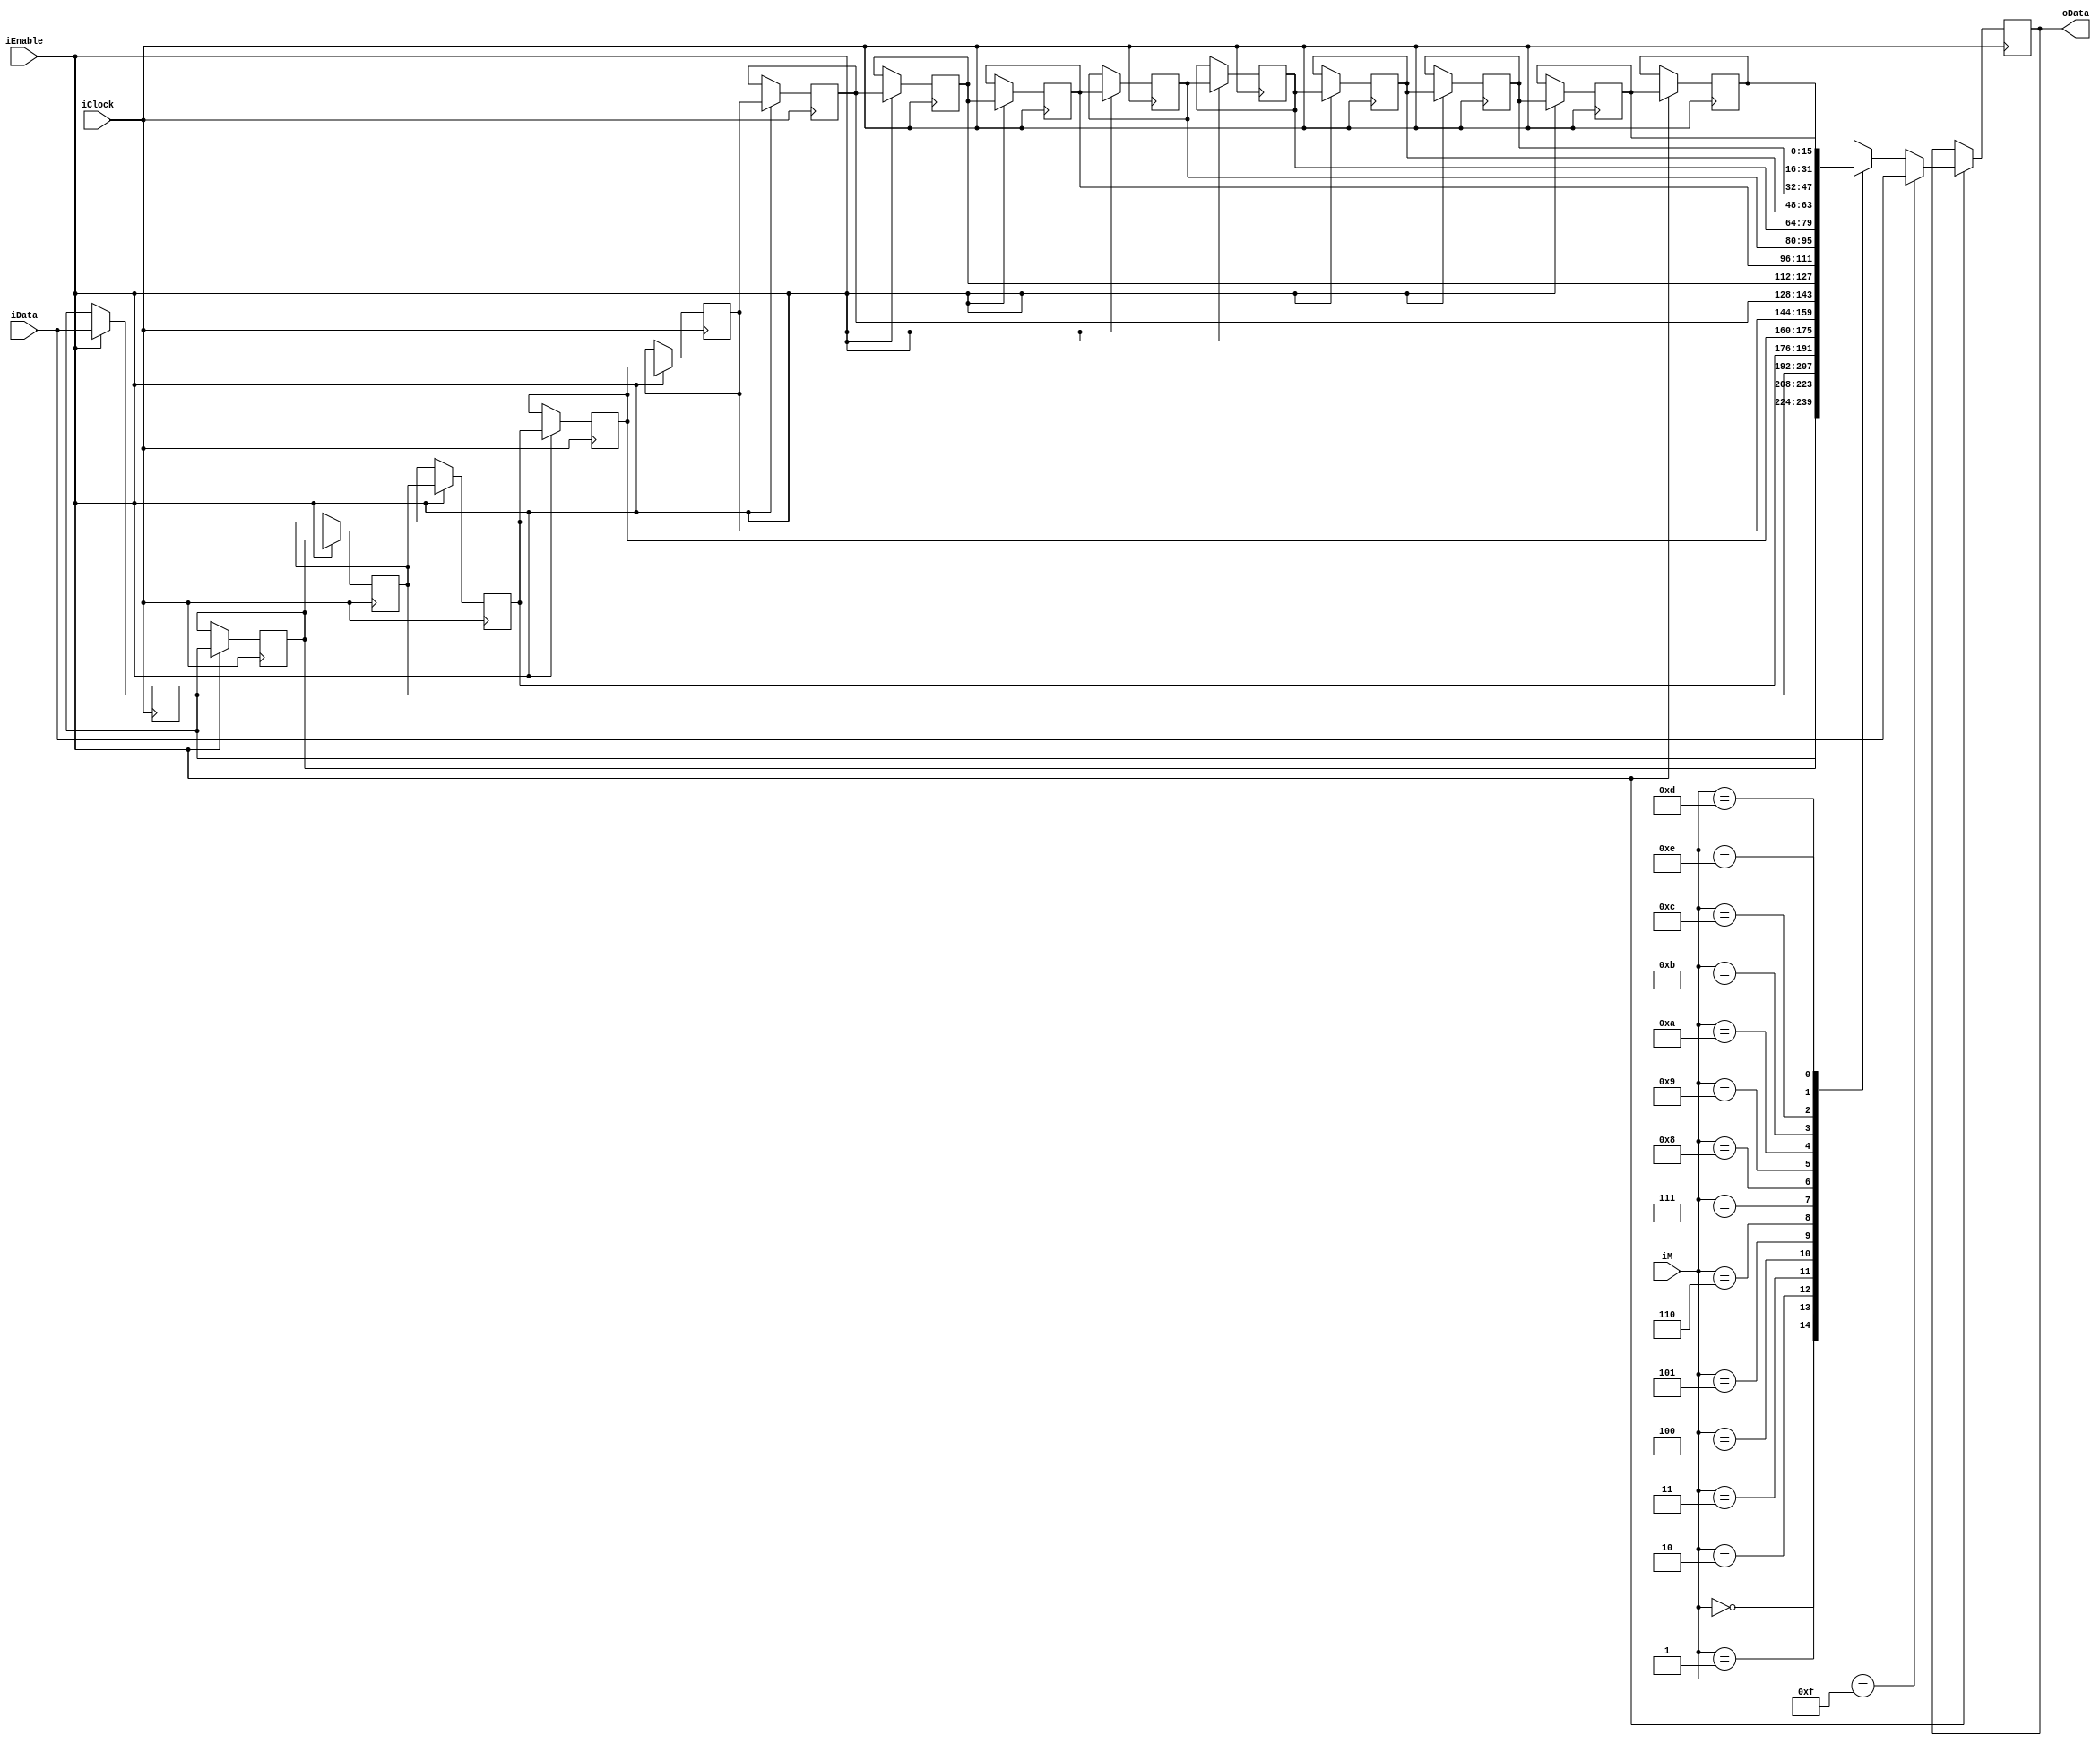
module TappedDelayRegister (
    input wire iClock, 
    input wire iEnable, 
    input wire [3:0] iM,
    input wire [15:0] iData,
    output wire [15:0] oData
    );


parameter LENGTH = 32;

integer i;
reg [15:0] delay [0:LENGTH - 1];
reg [15:0] delay_tap;

assign oData = delay_tap;

always @(posedge iClock) begin
    if (iEnable) begin
        if (iM == 15)
            delay_tap <= iData;
        else 
            delay_tap <= delay[iM];
        
        for (i = LENGTH - 1; i > 0; i = i - 1) begin
            delay[i] <= delay[i - 1];
        end
        delay[0] <= iData;
    end
end
endmodule